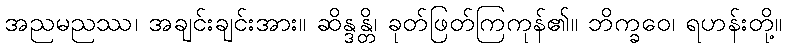
အညမညဿ၊ အချင်းချင်းအား။ ဆိန္ဒန္တိ၊ ခုတ်ဖြတ်ကြကုန်၏။ ဘိက္ခဝေ၊ ရဟန်းတို့။